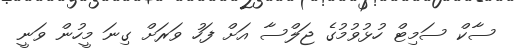
ސާކް ސަމިޓް ހުޅުވުމުގެ ޖަލްސާ އަށް ފަހު ވަރަށް ގިނަ މީހުން ވަނީ